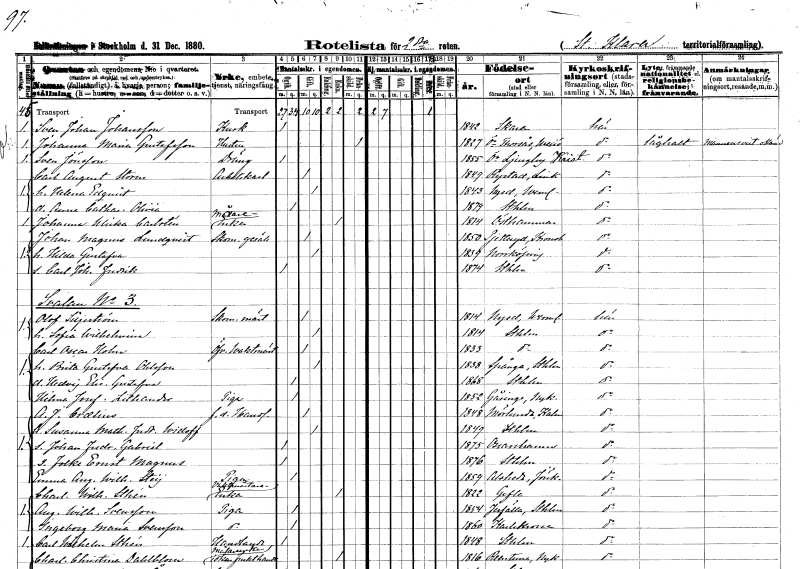
gt_parse: households: individuals: FN: Sven Johan
EN: Johansson
YRKE: Kusk
KON: M
CIV: O
FODAR: 1842
FODFORS: Skara Skaraborgs län
FN: Johanna Maria
EN: Gustafsson
YRKE: Hustru
KON: K
CIV: X
FODAR: 1827
FODFORS: Östra Torsås Kronobergs län
FN: Sven
EN: Jönsson
YRKE: Dräng
KON: M
CIV: O
FODAR: 1855
FODFORS: Östra Ljungby Kristianstads län
FN: Carl August
EN: Storm
YRKE: Arbetskarl
KON: M
CIV: G
FODAR: 1849
FODFORS: Rystad Östergötlands län
FN: Helena
EN: Edqvist
KON: K
CIV: G
FODAR: 1843
FODFORS: Nyed Värmlands län
FN: Anna Catharina Olivia
KON: K
CIV: O
FODAR: 1879
FODFORS: Stockholm
FN: Johanna Ulrika
EN: Carlsten
YRKE: Målareänka
KON: K
CIV: E
FODAR: 1814
FODFORS: Östhammar Uppsala län
FN: Johan Magnus
EN: Lundqvist
YRKE: Skomakaregesäll
KON: M
CIV: G
FODAR: 1850
FODFORS: Pjätteryd Kronobergs län
FN: Hilda Gustafva
KON: K
CIV: G
FODAR: 1839
FODFORS: Norrköping Östergötlands län
FN: Carl Johan Fredrik
KON: M
CIV: O
FODAR: 1874
FODFORS: Stockholm
FN: Olof
EN: Liljeström
YRKE: Skomakarmäster
KON: M
CIV: G
FODAR: 1814
FODFORS: Nyed Värmlands län
FN: Sofia Wilhelmina
KON: K
CIV: G
FODAR: 1814
FODFORS: Stockholm
FN: Carl Oscar
EN: Holm
YRKE: Övervaktmästare
KON: M
CIV: G
FODAR: 1833
FODFORS: Stockholm
FN: Brita Gustafva
EN: Ohlsson
KON: K
CIV: G
FODAR: 1838
FODFORS: Spånga Stockholms län
FN: Hedvig Elisabeth Gustafva
KON: K
CIV: O
FODAR: 1868
FODFORS: Stockholm
FN: Hilma Josefina
EN: Lithander
YRKE: Piga
KON: K
CIV: O
FODAR: 1852
FODFORS: Gåsinge Södermanlands län
FN: Anders Johan
EN: Craelius
YRKE: Handlande f.d.
KON: M
CIV: G
FODAR: 1848
FODFORS: Mörlunda Kalmar län
FN: Susanna Mathilda Fredrika
EN: Widoff
KON: K
CIV: G
FODAR: 1849
FODFORS: Stockholm
FN: Johan Fredrik Gabriel
KON: M
CIV: O
FODAR: 1875
FODFORS: Oskarshamn Kalmar län
FN: Folke Ernst Magnus
KON: M
CIV: O
FODAR: 1876
FODFORS: Stockholm
FN: Emma Augusta Wilhelmina
EN: Steij
YRKE: Piga
KON: K
CIV: O
FODAR: 1859
FODFORS: Alseda Jönköpings län
FN: Charlotta Wilhelmina
EN: Sthén
YRKE: Vaktmästareänka
KON: K
CIV: E
FODAR: 1822
FODFORS: Gävle Gävleborgs län
FN: Augusta Wilhelmina
EN: Svensson
YRKE: Piga
KON: K
CIV: O
FODAR: 1854
FODFORS: Järfälla Stockholms län
FN: Ingeborg Maria
EN: Svensson
YRKE: Piga
KON: K
CIV: O
FODAR: 1860
FODFORS: Karlskrona Blekinge län